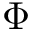
\Phi